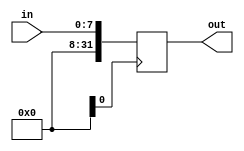
module top_module (
    input [7:0] in,
    output [31:0] out );//

    // Insert your code below
    // assign out = { replicate-sign-bit , the-input };

    always @(posedge clk) begin
        out <= {(in[7] & 1) << 24, in};
    end

endmodule